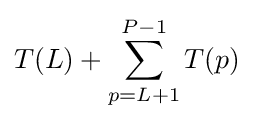
T(L)+\sum _{p=L+1}^{P-1}T(p)